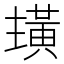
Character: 𮮏